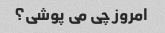
امروز چی می پوشی؟